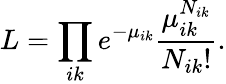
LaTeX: L=\prod_{ik}e^{-\mu_{ik}}\frac{\mu_{ik}^{N_{ik}}}{N_{ik}!}.